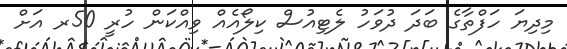
މިދިޔަ ހަފްތާގެ ބަދަ ދުވަހު ލެޓިއުސް ކިލޯއެއް ވިއްކަން ހުރީ 50ރ އަށް